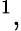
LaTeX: ^1,